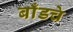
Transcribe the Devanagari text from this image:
बाँडचे